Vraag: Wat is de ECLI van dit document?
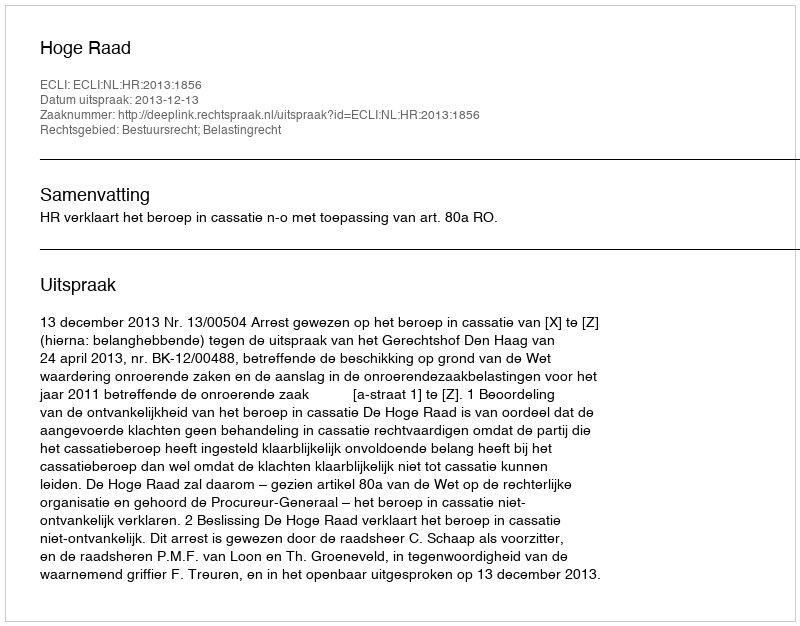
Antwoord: ECLI:NL:HR:2013:1856